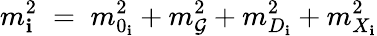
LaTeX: m_{\mathbf{i}}^{2}\; =\; m_{0_{\mathbf{i}}}^{2}+m_{\mathcal{G}}^{2}+m_{D_{\mathbf{i}}}^{2}+m_{X_{\mathbf{i}}}^{2}